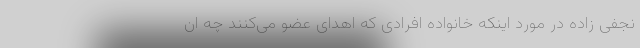
نجفی زاده در مورد اینکه خانواده افرادی که اهدای عضو می‌کنند چه ان